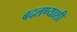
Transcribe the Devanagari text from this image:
बदलण्याशी